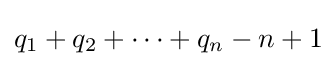
q_{1}+q_{2}+\cdots +q_{n}-n+1